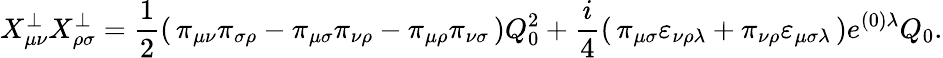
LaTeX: X_{\mu\nu}^{\bot}X_{\rho\sigma}^{\bot}=\frac{1}{2}\left(\, \pi_{\mu\nu}\pi_{\sigma\rho}-\pi_{\mu\sigma}\pi_{\nu\rho}-\pi_{\mu\rho}\pi_{\nu\sigma}\, \right)Q_{0}^{2}+\frac{i}{4}\left(\, \pi_{\mu\sigma}\varepsilon_{\nu\rho\lambda}+\pi_{\nu\rho}\varepsilon_{\mu\sigma\lambda}\, \right)e^{(0)\lambda}Q_{0}.